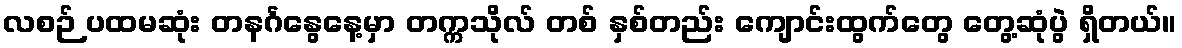
လစဉ် ပထမဆုံး တနင်္ဂနွေနေ့မှာ တက္ကသိုလ် တစ် နှစ်တည်း ကျောင်းထွက်တွေ တွေ့ဆုံပွဲ ရှိတယ်။